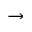
\to